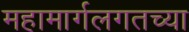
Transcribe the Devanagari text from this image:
महामार्गलगतच्या